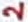
Text: 2